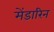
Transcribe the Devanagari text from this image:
मेंडारिन